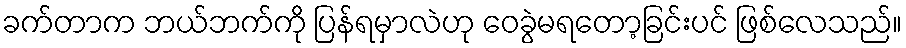
ခက်တာက ဘယ်ဘက်ကို ပြန်ရမှာလဲဟု ဝေခွဲမရတော့ခြင်းပင် ဖြစ်လေသည်။